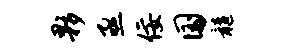
夥亟佞国髓